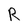
Character: R